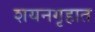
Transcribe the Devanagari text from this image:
शयनगृहात